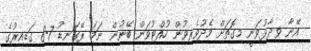
އޭނާ ވިދާޅުވަނީ މިގޮތަށް މެދުވެރިވުން ހުއްޓުވަން ބޭނުން ނަމަ ރޭގަނޑު 7-8 ގަޑިއިރުގެ